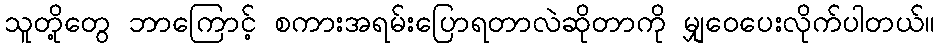
သူတို့တွေ ဘာကြောင့် စကားအရမ်းပြောရတာလဲဆိုတာကို မျှဝေပေးလိုက်ပါတယ်။